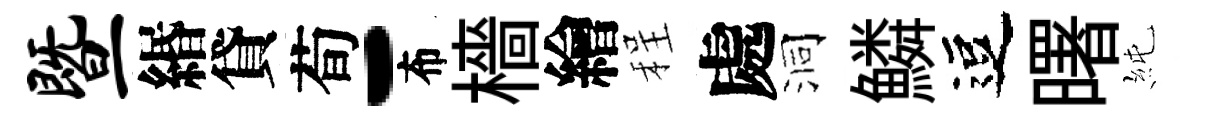
暨緡貸荀-布檣繪程處洞鱗逗曙純